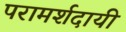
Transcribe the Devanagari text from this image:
परामर्शदायी